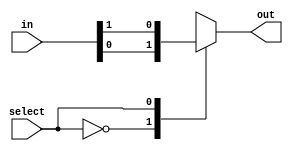
module MUX2_2(input [1:0] in, input select, output reg out);
always @( in or select)
    case (select)
	    0: out = in[0];
	    1: out = in[1];
	endcase
endmodule